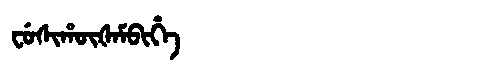
Manchu: ᠸᡠᠰᡳᡥᡡᡧᠠᠮᠪᡳᡥᡝ
Romanization: FUSIHŪŠAMBIHE